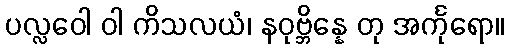
ပလ္လဝေါ ဝါ ကိသလယံ၊ နဝုဗ္ဘိန္နေ တု အင်္ကုရော။